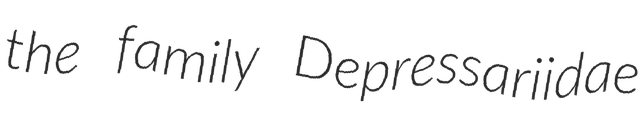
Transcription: the family Depressariidae